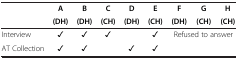
|  | A | B | C | D | E | F | G | H |
 |  | (DH) | (DH) | (CH) | (DH) | (CH) | (DH) | (CH) | (CH) |
 | --- | --- | --- | --- | --- | --- | --- | --- | --- |
 | Interview | ✓ | ✓ | ✓ |  | ✓ | <COLSPAN=3> Refused to answer |
 | AT Collection | ✓ | ✓ |  | ✓ | ✓ | <COLSPAN=3>  |